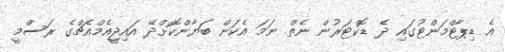
އެ ޑިޕާޓްމަންޓުގައި ދެ ޑޮކްޓަރުން ނެތް ނަމަ އެކަން ބަޔާންކޮށްދޭ އައިޖީއެމްއެޗްގެ ރަސްމީ